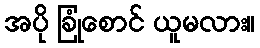
အပို ခြုံစောင် ယူမလား။